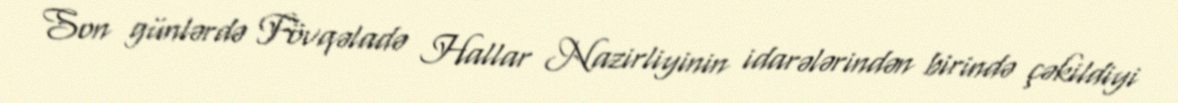
Son günlərdə Fövqəladə Hallar Nazirliyinin idarələrindən birində çəkildiyi